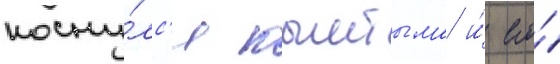
косну́лс'я кыштыма и́ его́